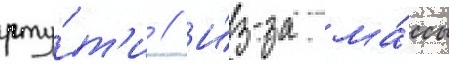
рту́т'и // И́з-за ма́ссы